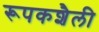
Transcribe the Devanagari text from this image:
रूपकशैली